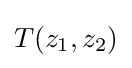
T(z_{1},z_{2})